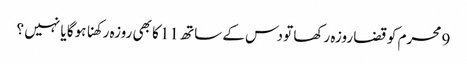
9 محرم کو قضا روزہ رکھا تو دس کے ساتھ 11 کا بھی روزہ رکھنا ہوگا یا نہیں ؟